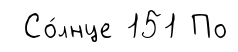
Со́лнце 151 По